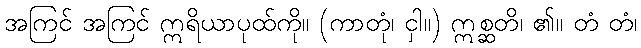
အကြင် အကြင် ဣရိယာပုထ်ကို။ (ကာတုံ၊ ငှါ။) ဣစ္ဆတိ၊ ၏။ တံ တံ၊